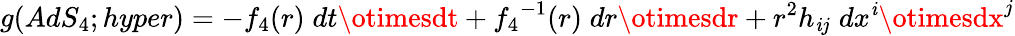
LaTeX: g(AdS_{4};hyper)=-{f_{4}}(r)\; dt\otimesdt+{f_{4}}^{-1}(r)\; dr\otimesdr+r^{2}h_{\mathit{i}j}\; dx^{\mathit{i}}\otimesdx^{j}